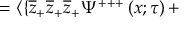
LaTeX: = \langle \{ \overline { { { z } } } _ { + } \overline { { { z } } } _ { + } \overline { { { z } } } _ { + } \Psi ^ { + + + } \left( x ; \tau \right) +